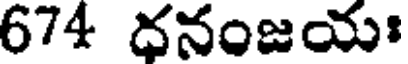
674 దనంజయః